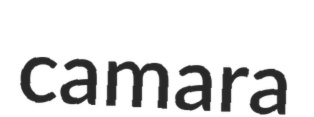
camara